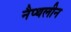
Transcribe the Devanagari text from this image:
नैप्थलीन